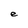
Character: e